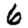
Digit: 6